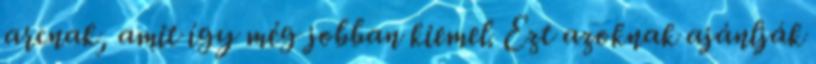
arcnak, amit így még jobban kiemel. Ezt azoknak ajánlják